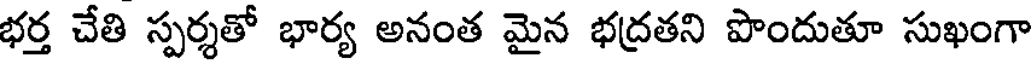
భర్త చేతి స్పర్శతో భార్య అనంత మైన భద్రతని పొందుతూ సుఖంగా